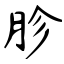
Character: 胗